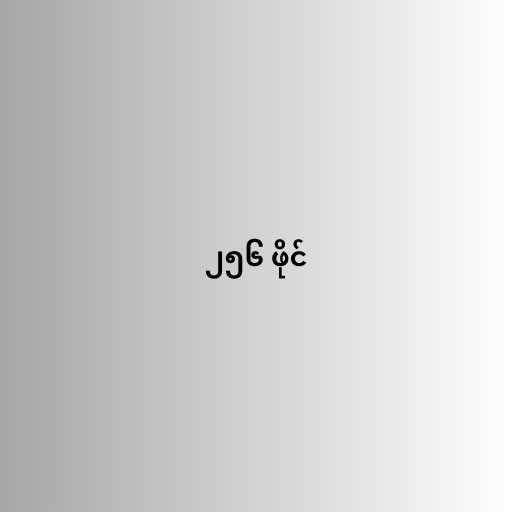
၂၅၆ ဖိုင်